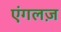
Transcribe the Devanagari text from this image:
एंगलज़